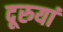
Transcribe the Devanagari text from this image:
दूरुयां